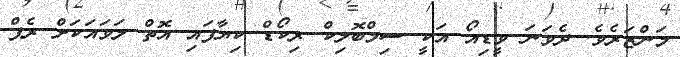
މަންޒަރެވެ. ދެވަނަ ވީޑިއޯ އަކީ ސިމްބޮލިކް ރިކޯޑް ކިޔާފައި އޮތް ލަވައަކަށް ރެޕް